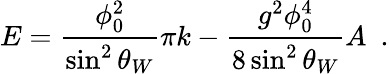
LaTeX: E=\frac{\phi_{0}^{2}}{\sin^{2}\theta_{W}}\pi k-\frac{g^{2}\phi_{0}^{4}}{8\sin^{2}\theta_{W}}A~~.